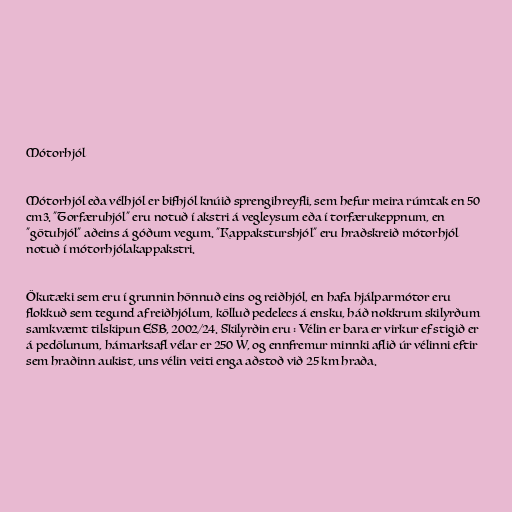
Mótorhjól

Mótorhjól eða vélhjól er bifhjól knúið sprengihreyfli, sem hefur meira rúmtak en 50
cm3. "Torfæruhjól" eru notuð í akstri á vegleysum eða í torfærukeppnum, en
"götuhjól" aðeins á góðum vegum. "Kappaksturshjól" eru hraðskreið mótorhjól
notuð í mótorhjólakappakstri.

Ökutæki sem eru í grunnin hönnuð eins og reiðhjól, en hafa hjálparmótor eru
flokkuð sem tegund af reiðhjólum, kölluð pedelecs á ensku, háð nokkrum skilyrðum
samkvæmt tilskipun ESB, 2002/24. Skilyrðin eru : Vélin er bara er virkur ef stigið er
á pedölunum, hámarksafl vélar er 250 W, og ennfremur minnki aflið úr vélinni eftir
sem hraðinn aukist, uns vélin veiti enga aðstoð við 25 km hraða.